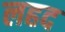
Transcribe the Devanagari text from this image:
लहद